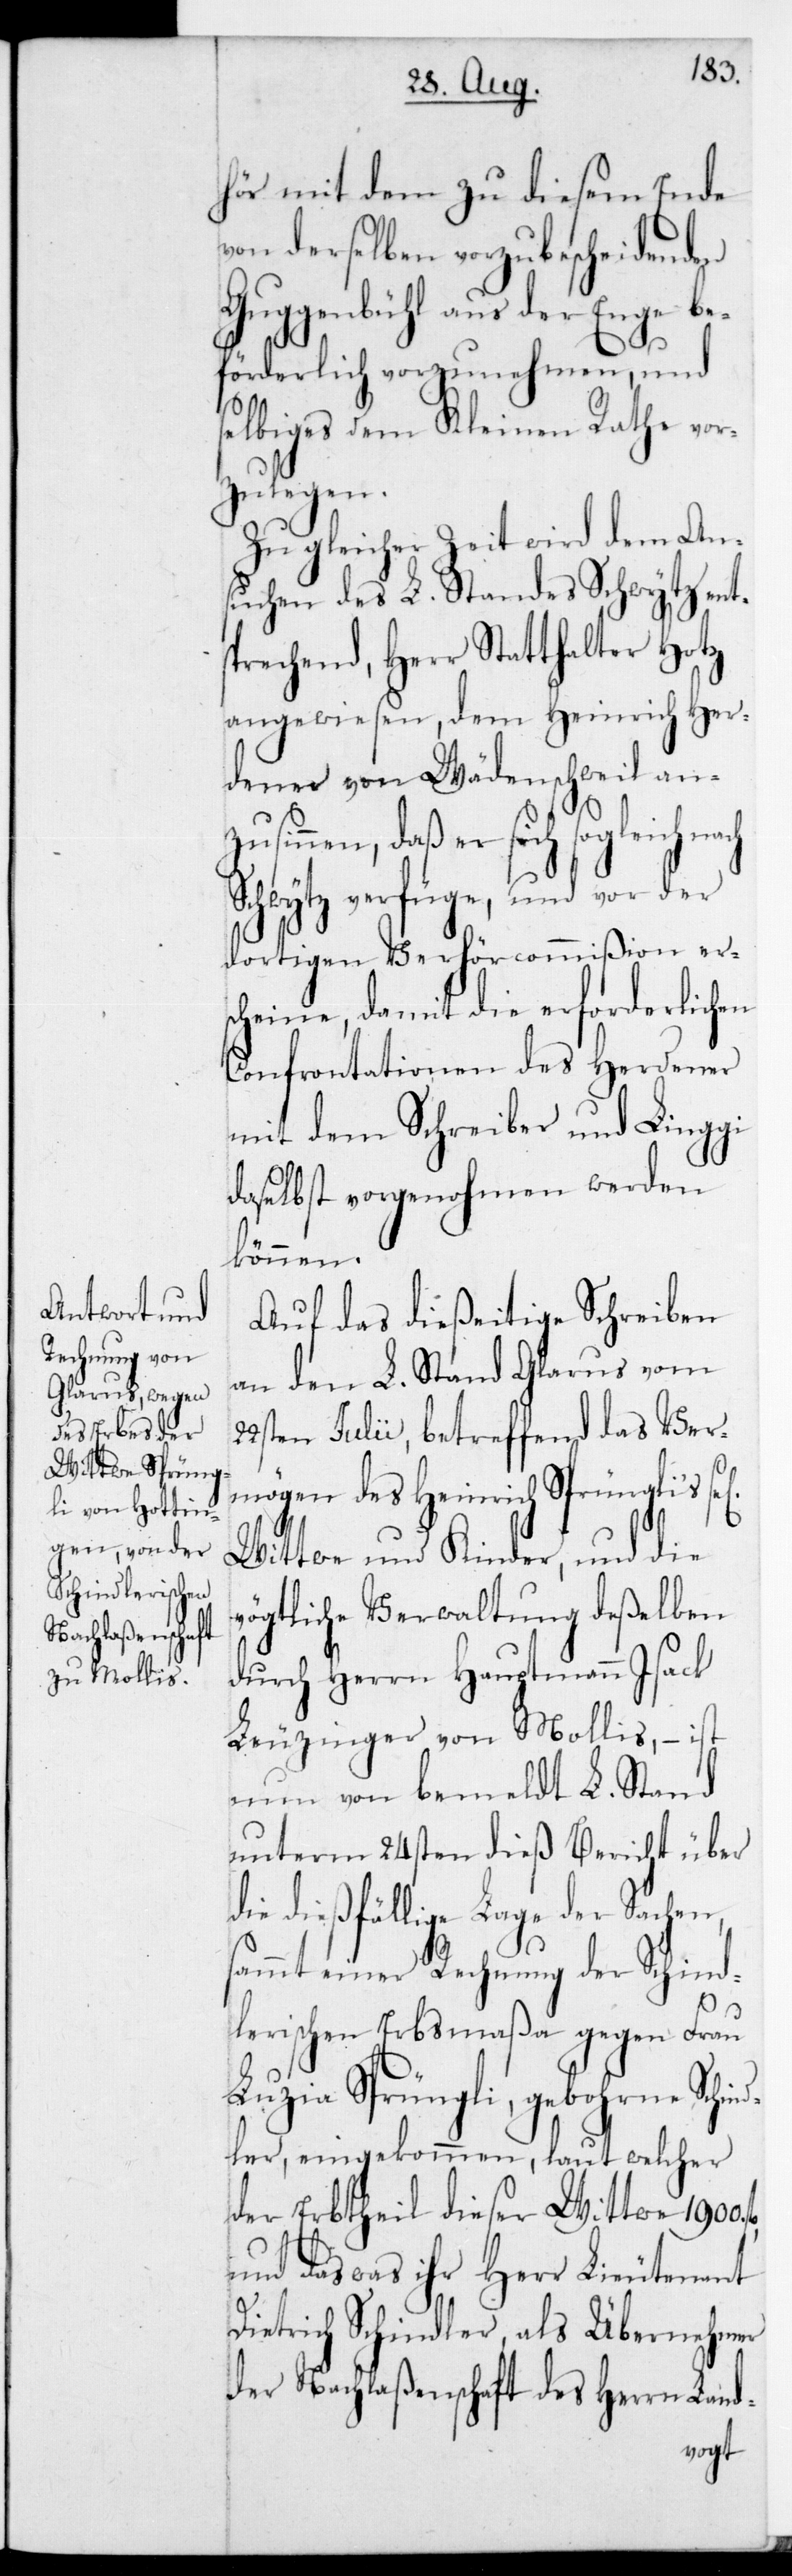
hör mit dem zu diesem Ende
von derselben vorzubescheidenden
Guggenbühl aus der Enge be¬
förderlich vorzunehmen, und
selbiges dem Kleinen Rathe vor¬
zulegen.
Zu gleicher Zeit wird dem An¬
suchen des L. Standes Schwytz ents¬
prechend, Herr Statthalter Hotz
angewiesen, dem Heinrich Her¬
dener von Wädenschweil anzu¬
sinnen, daß er sich sogleich
Schwytz verfüge, und vor der
dortigen Verhörcommißion er¬
scheine, damit die erforderlichen
Confrontationen des Herdener
mit dem Schreiber und Linggi
daselbst vorgenohmen werden
können.
Auf das dießeitige Schreiben
an den L. Stand Glarus vom
22sten Julii, betreffend das Ver¬
mögen des Heinrich Sprüngli‘s
Wittwe und Kinder, und die
vögtliche Verwaltung deßelben
durch Herrn Hauptmann Isack
Leuzinger von Mollis, – ist
nun von bemeldt L. Stand
unterm 24sten dieß Bericht über
die dießfällige Lage der Sachen,
sammt einer Rechnung der Schind¬
lerischen Erbsmaßa gegen Frau
Luzia Sprüngli, gebohrne Schin¬
dler, eingekommen, laut welcher
der Erbtheil dieser Wittwe 1900
und das was ihr Herr Lieutenant
Dietrich Schindler, als Übernehmer
der Nachlaßenschaft des Herrn Land-